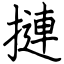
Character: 摙